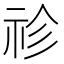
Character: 𥘼